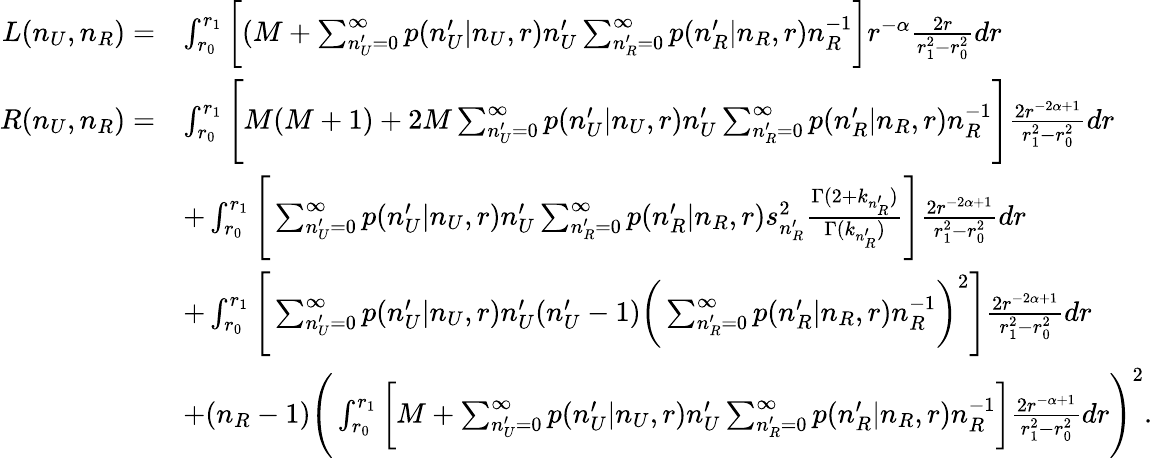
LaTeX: \begin{array}{rl}{L(n_{U},n_{R})=}&{\int_{r_{0}}^{r_{1}}\bigg[(M+\sum_{n_{U}^{\prime}=0}^{\infty}p(n_{U}^{\prime}|n_{U},r)n_{U}^{\prime}\sum_{n_{R}^{\prime}=0}^{\infty}p(n_{R}^{\prime}|n_{R},r)n_{R}^{-1}\bigg]r^{-\alpha}\frac{2r}{r_{1}^{2}-r_{0}^{2}}dr}\\ {R(n_{U},n_{R})=}&{\int_{r_{0}}^{r_{1}}\Bigg[M(M+1)+2M\sum_{n_{U}^{\prime}=0}^{\infty}p(n_{U}^{\prime}|n_{U},r)n_{U}^{\prime}\sum_{n_{R}^{\prime}=0}^{\infty}p(n_{R}^{\prime}|n_{R},r)n_{R}^{-1}\Bigg]\frac{2r^{-2\alpha+1}}{r_{1}^{2}-r_{0}^{2}}dr}\\ &{+\int_{r_{0}}^{r_{1}}\Bigg[\sum_{n_{U}^{\prime}=0}^{\infty}p(n_{U}^{\prime}|n_{U},r)n_{U}^{\prime}\sum_{n_{R}^{\prime}=0}^{\infty}p(n_{R}^{\prime}|n_{R},r)s_{n_{R}^{\prime}}^{2}\frac{\Gamma(2+k_{n_{R}^{\prime}})}{\Gamma(k_{n_{R}^{\prime}})}\Bigg]\frac{2r^{-2\alpha+1}}{r_{1}^{2}-r_{0}^{2}}dr}\\ &{+\int_{r_{0}}^{r_{1}}\Bigg[\sum_{n_{U}^{\prime}=0}^{\infty}p(n_{U}^{\prime}|n_{U},r)n_{U}^{\prime}(n_{U}^{\prime}-1)\bigg(\sum_{n_{R}^{\prime}=0}^{\infty}p(n_{R}^{\prime}|n_{R},r)n_{R}^{-1}\bigg)^{2}\Bigg]\frac{2r^{-2\alpha+1}}{r_{1}^{2}-r_{0}^{2}}dr}\\ &{+(n_{R}-1)\Bigg(\int_{r_{0}}^{r_{1}}\bigg[M+\sum_{n_{U}^{\prime}=0}^{\infty}p(n_{U}^{\prime}|n_{U},r)n_{U}^{\prime}\sum_{n_{R}^{\prime}=0}^{\infty}p(n_{R}^{\prime}|n_{R},r)n_{R}^{-1}\bigg]\frac{2r^{-\alpha+1}}{r_{1}^{2}-r_{0}^{2}}dr\Bigg)^{2}.}\end{array}